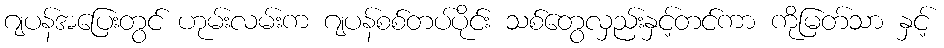
ဂျပန်အပြေးတွင် ဟုမ်းလမ်းက ဂျပန်စစ်တပ်ပိုင်း သစ်တွေလှည်းနှင့်တင်ကာ ကိုမြတ်သာ နှင့်